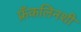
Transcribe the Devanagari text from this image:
फ्रँकलिनशी